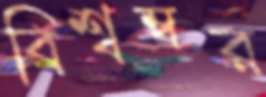
বিশ্বম্বর